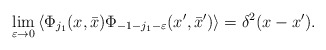
\begin{align*}\lim_{\varepsilon \rightarrow 0}\left\langle \Phi _{j_{1}}(x,\bar{x})\Phi_{-1-j_{1}-\varepsilon }(x^{\prime },\bar{x}^{\prime })\right\rangle=\delta^2 (x-x^{\prime }).\end{align*}